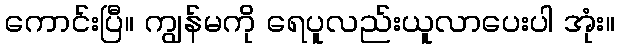
ကောင်းပြီ။ ကျွန်မကို ရေပူလည်းယူလာပေးပါ အုံး။